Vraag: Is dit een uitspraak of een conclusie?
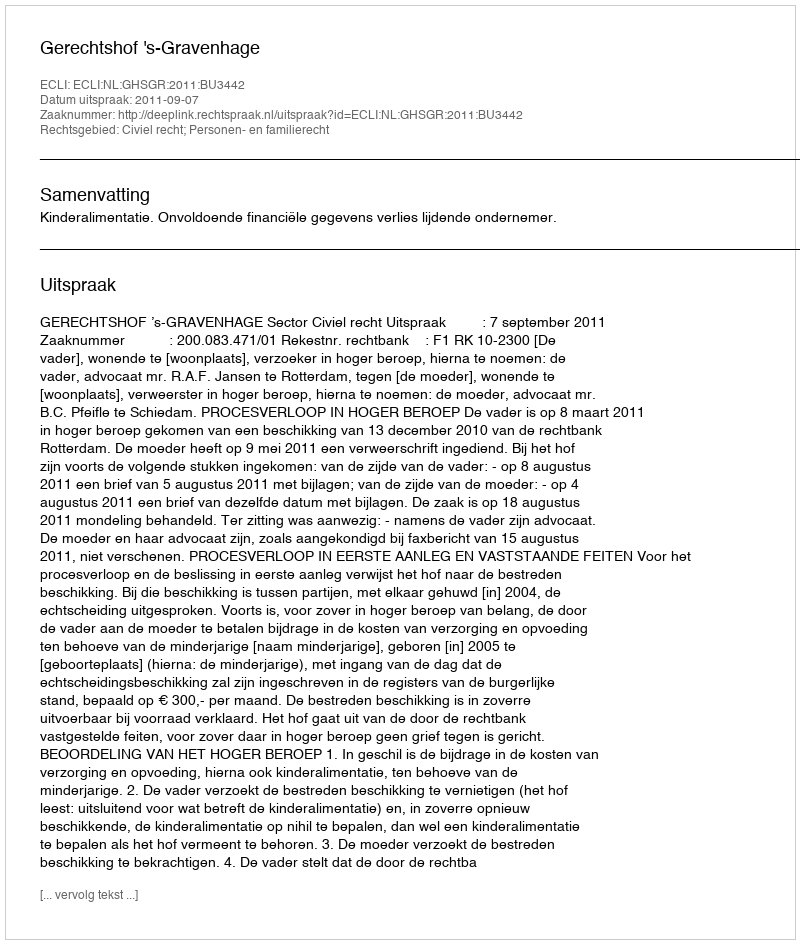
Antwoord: Uitspraak